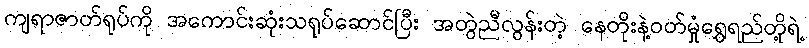
ကျရာဇာတ်ရုပ်ကို အကောင်းဆုံးသရုပ်ဆောင်ပြီး အတွဲညီလွန်းတဲ့ နေတိုးနဲ့ဝတ်မှုံရွှေရည်တို့ရဲ့